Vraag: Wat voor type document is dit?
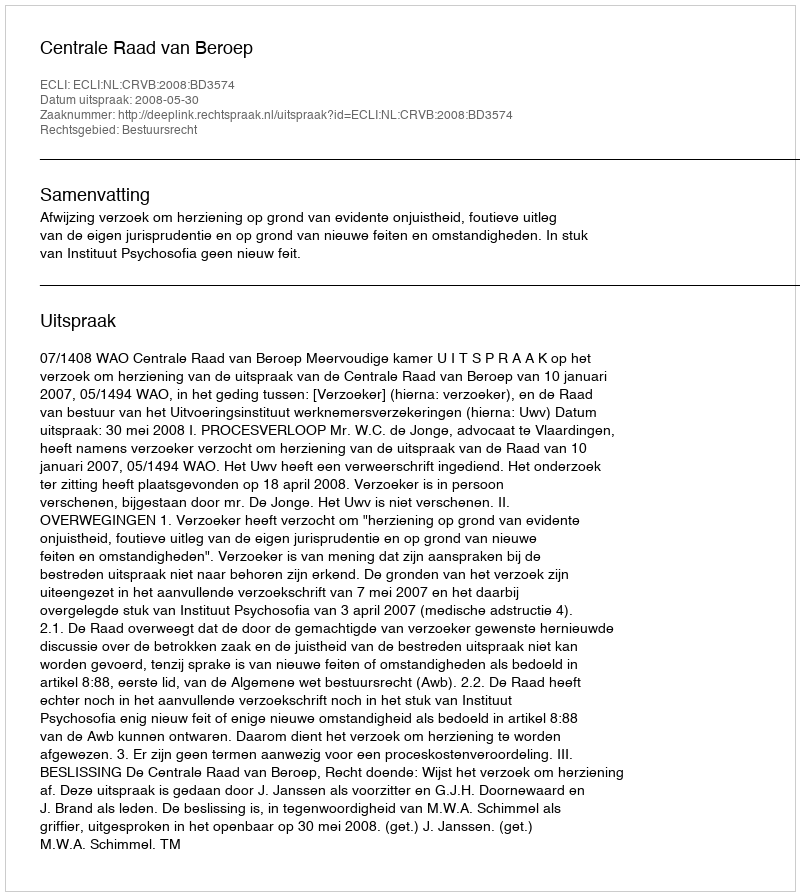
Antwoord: Uitspraak